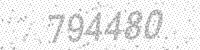
Solution: 794480